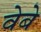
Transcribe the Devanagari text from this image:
वेबे